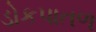
ડોકપાતળ